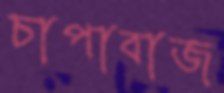
চাপাবাজ